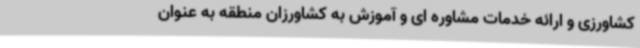
کشاورزی و ارائه خدمات مشاوره ای و آموزش به کشاورزان منطقه به عنوان